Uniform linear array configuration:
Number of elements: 64
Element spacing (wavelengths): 0.25
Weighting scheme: kaiser
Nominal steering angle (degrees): -15
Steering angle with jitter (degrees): -14.624
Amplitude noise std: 0.05
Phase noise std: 0.05

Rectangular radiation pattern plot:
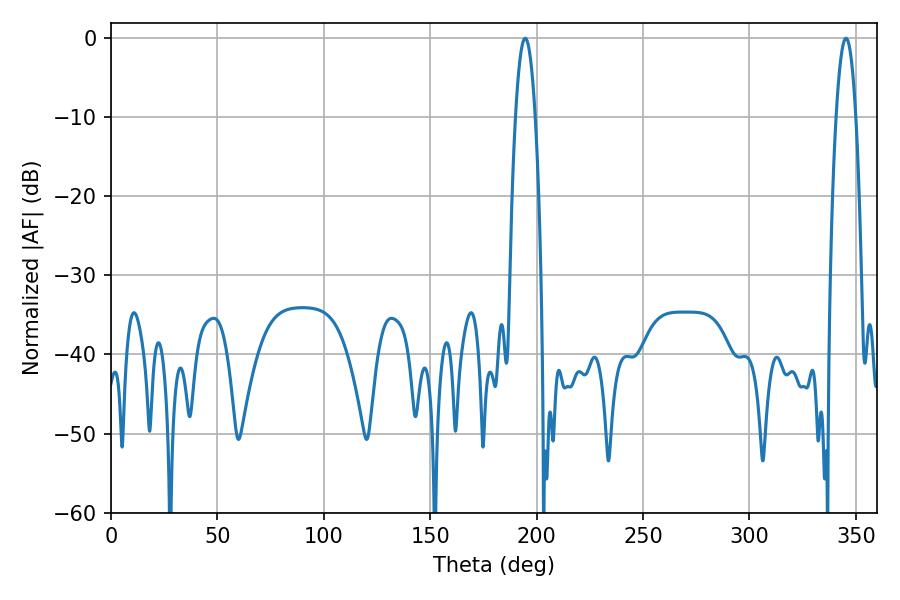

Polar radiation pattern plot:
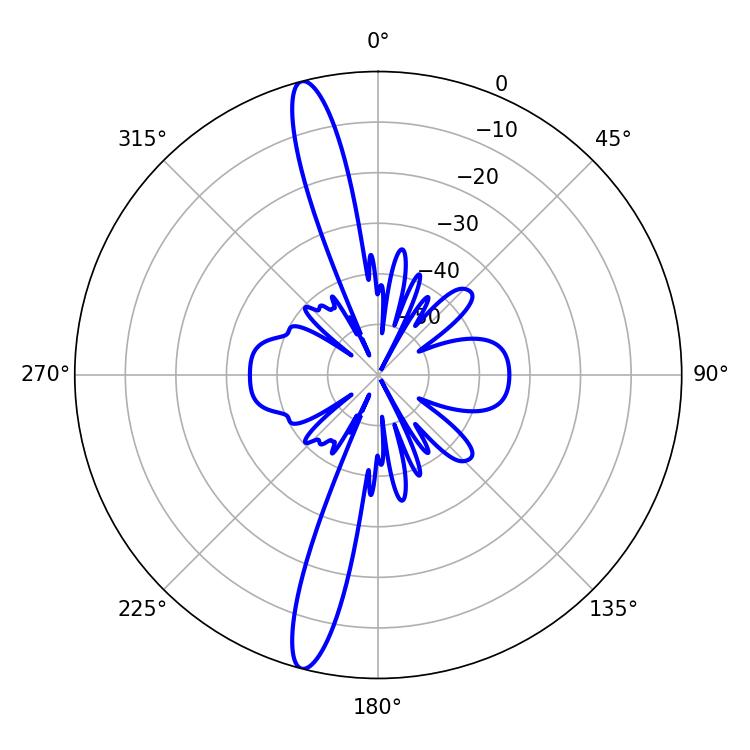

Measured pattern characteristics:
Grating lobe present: FALSE
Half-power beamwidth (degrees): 5.04
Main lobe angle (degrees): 194.58